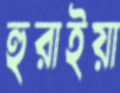
হুরাইয়া